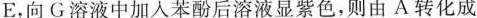
E，向G溶液中加入苯酚后溶液显紫色，则由A转化成